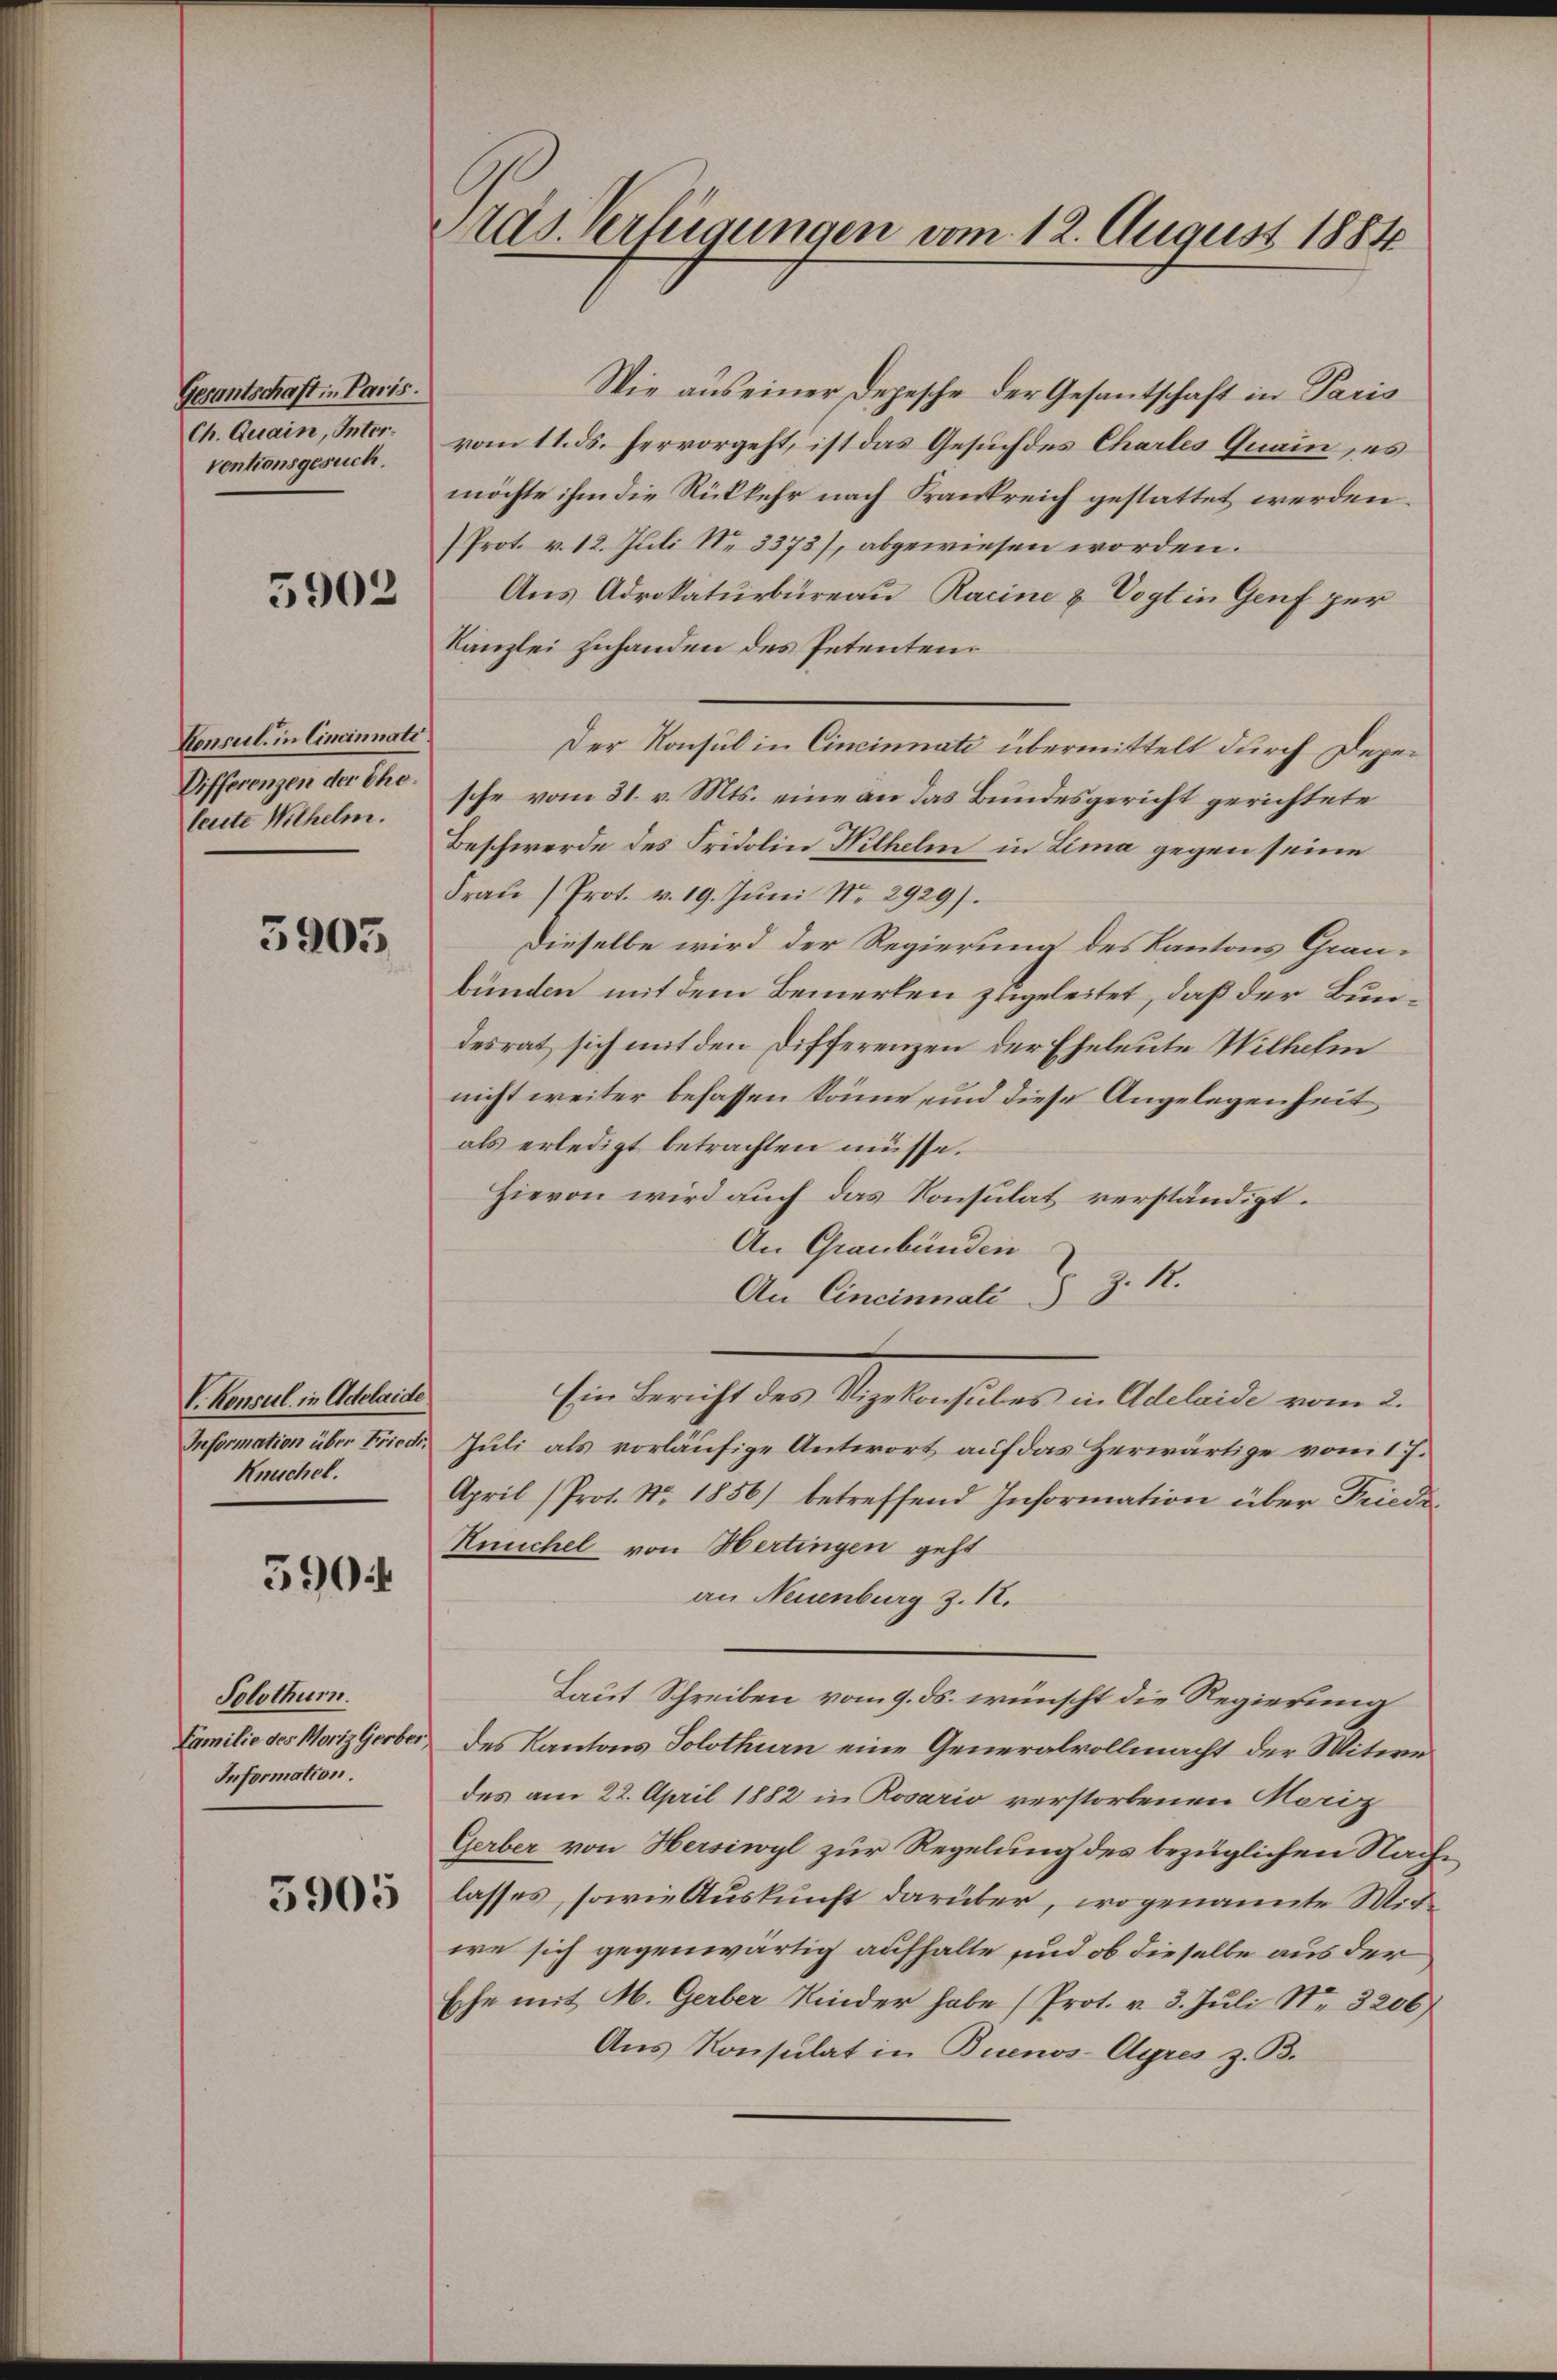
Gesantschaft in Paris.
Ch. Quain, Inter.
ventionsgesuch.

3902

Consul in Cincinnati
Differenzen der Ehe.
leute Wilhelm.

5903

V. Konsul in Adelaide
Knuchel.

5904

Solothur.
Familie des Moriz Gerber,
Information.

3905

Pras. Verfügungen vom 12. August 1884

Wie aus einer Depesche der Gesantschaft in Paris
vom 11. ds. hervorgeht, ist das Gesuch des Chartes Quain, es
möchte ihm die Rückkehr nach Krankreich gestattet werden.
Prot. v. 12. Juli Nr. 3373), abgewiesen worden.
Aus Adrokaturbüreau Racine & Vogt in Genf per
Kanzlei zuhanden des Petenten.
Der Konsul in Cincinnati übermittelt durch Deper
sche vom 31. v. Mts. eine an das Bundesgericht gerichtete
Beschwerde des Fridolin Wilhelm in Lima gegen seine
Frau Prot. v. 19. Juni No 2929).
Dieselbe wird der Regierung des Kantons Graubünden mit dem Bemerken zugeleitet, daß der Bundesrat sich mit den Differenzen der Eheleute Wilhelm
nicht weiter befassen könne, und diese Angelegenheit
als erledigt betrachten müsse.
Hievon wird auch das Konsulat verständigt.
An Graubünden
An Cincinnali § 8. R.
Ein Bericht des Vizekonsules in Adelaide vom 2.
Information über Friedr. Juli als vorläufige Antwort auf das Herwärtige vom 17.
April (Prot. Nr. 1856) betreffend Information über Friedi¬
Keuchel von Hertingen geht
an Neuenburg z. 18.
Laut Schreiben vom 9. ds. wünscht die Regierung
des Kantons Solothurn eine Generalvollmacht der Witwe
des am 22. April 1882 in Rosario verstorbenen Meriz
Gerber von Hersiwyl zur Regelung des bezüglichen Nachlasses, sowie Auskunft darüber, wogenannte Mitie sich gegenwärtig aufhalte und ob dieselbe aus der
Ehe mit M. Gerber Kinder habe (Prot. v. 3. Juli Nr. 3206)
Aus Konsulat in Buenos-Ayres z. B.